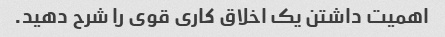
اهمیت داشتن یک اخلاق کاری قوی را شرح دهید.